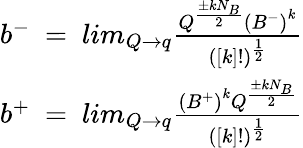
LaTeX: \begin{array}{c}{{b^{-}~=~lim_{Q\to q}{\frac{Q^{\frac{\pm kN_{B}}{2}}{(B^{-})}^{k}}{([k]!)^{\frac{1}{2}}}}}}\\ {{b^{+}~=~lim_{Q\to q}{{\frac{{(B^{+})}^{k}Q^{{\frac{\pm kN_{B}}{2}}}}{([k]!)^{\frac{1}{2}}}}}}}\end{array}